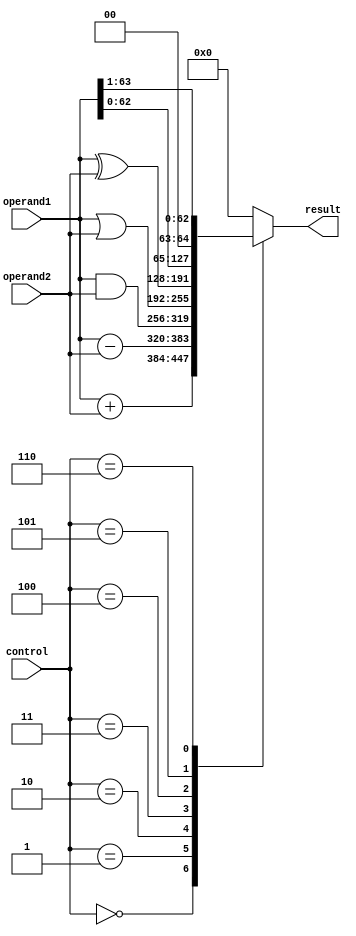
module ALU_64bit (
    input [63:0] operand1,
    input [63:0] operand2,
    input [2:0] control,
    output reg [63:0] result
);

always @(*)
begin
    case(control)
        3'b000: result = operand1 + operand2;     // Addition
        3'b001: result = operand1 - operand2;     // Subtraction
        3'b010: result = operand1 & operand2;     // Bitwise AND
        3'b011: result = operand1 | operand2;     // Bitwise OR
        3'b100: result = operand1 ^ operand2;     // Bitwise XOR
        3'b101: result = operand1 << 1;           // Shift left by 1
        3'b110: result = operand1 >> 1;           // Shift right by 1
        default: result = 64'b0;                   // Default to 0
    endcase
end

endmodule